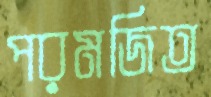
পরমজিত